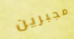
مجبرين